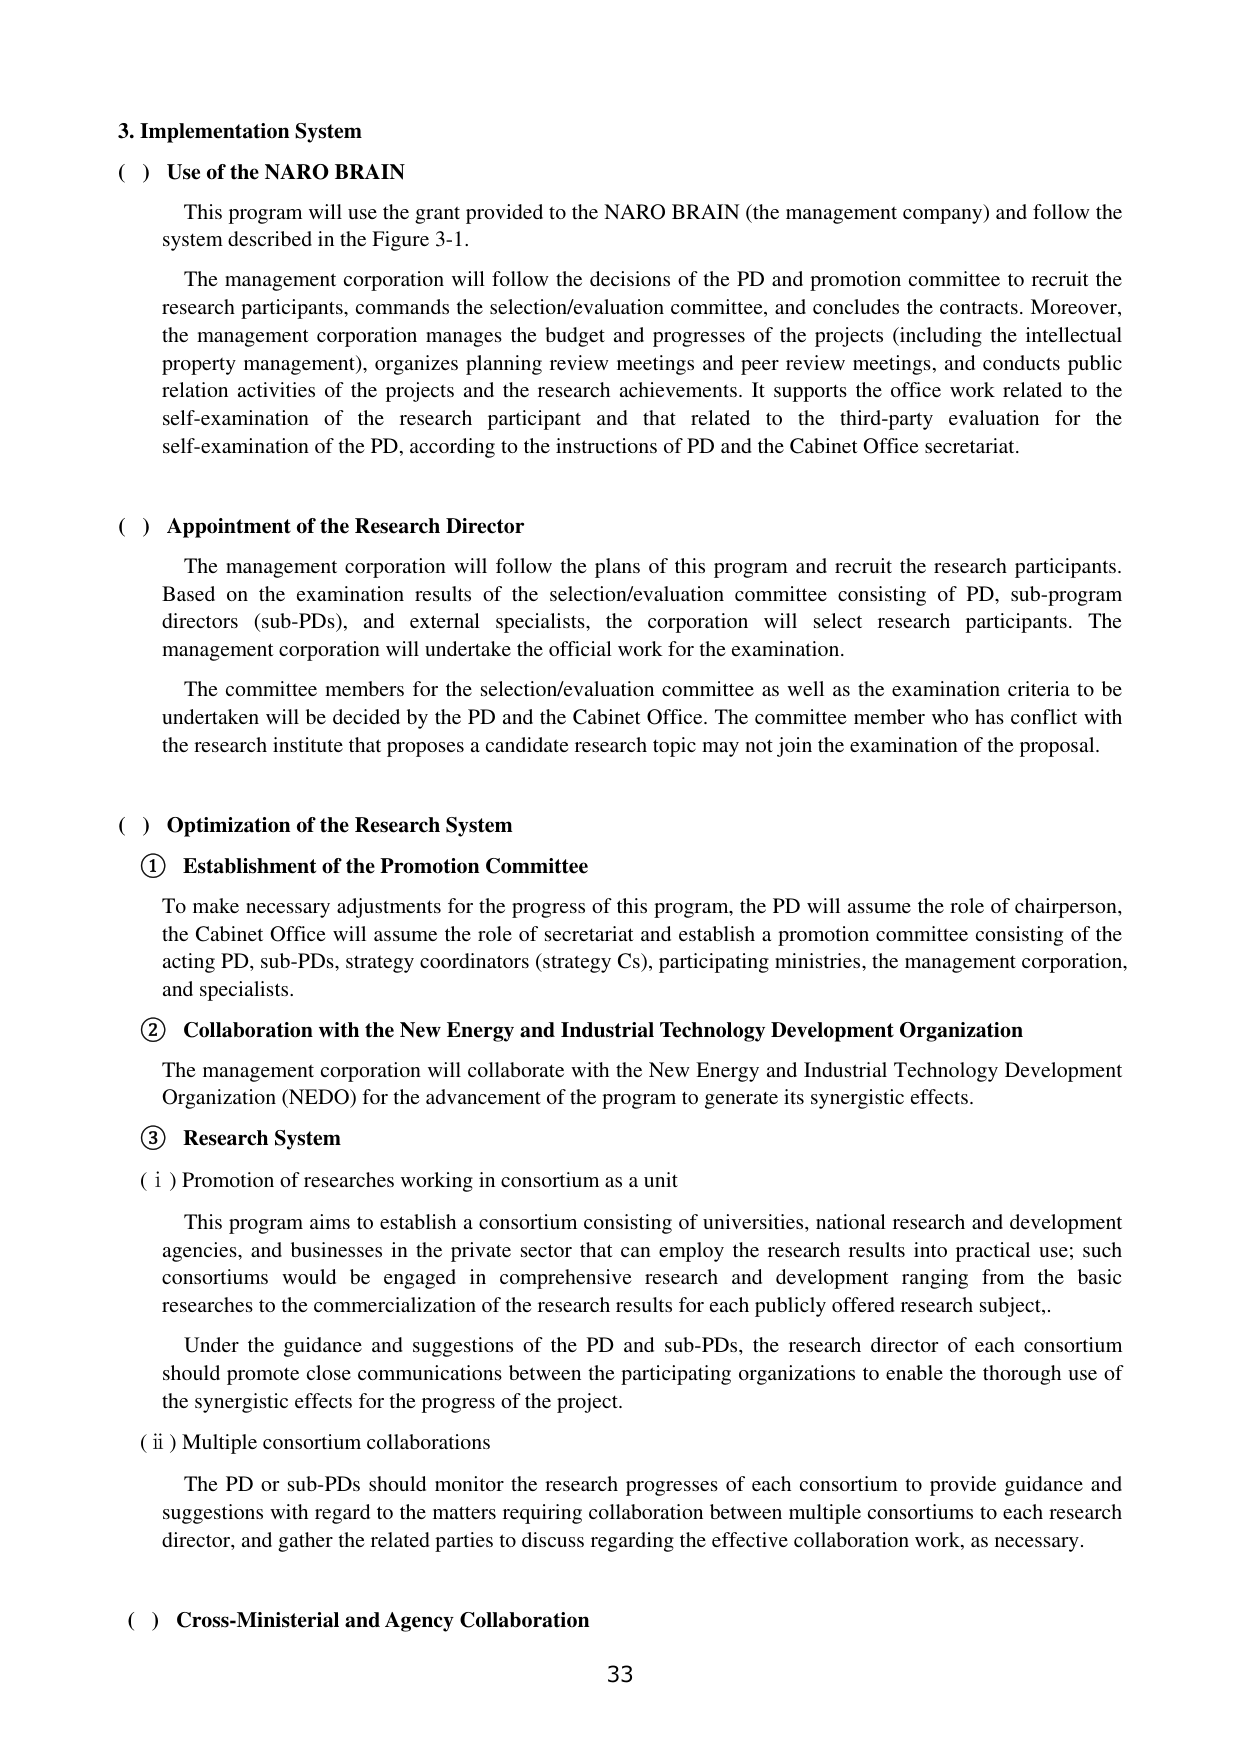
3. Implementation System

( ) Use of the NARO BRAIN

This program will use the grant provided to the NARO BRAIN (the management company) and follow the system described in the Figure 3-1.

The management corporation will follow the decisions of the PD and promotion committee to recruit the research participants, commands the selection/evaluation committee, and concludes the contracts. Moreover, the management corporation manages the budget and progresses of the projects (including the intellectual property management), organizes planning review meetings and peer review meetings, and conducts public relation activities of the projects and the research achievements. It supports the office work related to the self-examination of the research participant and that related to the third-party evaluation for the self-examination of the PD, according to the instructions of PD and the Cabinet Office secretariat.

( ) Appointment of the Research Director

The management corporation will follow the plans of this program and recruit the research participants. Based on the examination results of the selection/evaluation committee consisting of PD, sub-program directors (sub-PDs), and external specialists, the corporation will select research participants. The management corporation will undertake the official work for the examination.

The committee members for the selection/evaluation committee as well as the examination criteria to be undertaken will be decided by the PD and the Cabinet Office. The committee member who has conflict with the research institute that proposes a candidate research topic may not join the examination of the proposal.

( ) Optimization of the Research System

① Establishment of the Promotion Committee

To make necessary adjustments for the progress of this program, the PD will assume the role of chairperson, the Cabinet Office will assume the role of secretariat and establish a promotion committee consisting of the acting PD, sub-PDs, strategy coordinators (strategy Cs), participating ministries, the management corporation, and specialists.

② Collaboration with the New Energy and Industrial Technology Development Organization

The management corporation will collaborate with the New Energy and Industrial Technology Development Organization (NEDO) for the advancement of the program to generate its synergistic effects.

③ Research System

( i ) Promotion of researches working in consortium as a unit

This program aims to establish a consortium consisting of universities, national research and development agencies, and businesses in the private sector that can employ the research results into practical use; such consortiums would be engaged in comprehensive research and development ranging from the basic researches to the commercialization of the research results for each publicly offered research subject.

Under the guidance and suggestions of the PD and sub-PDs, the research director of each consortium should promote close communications between the participating organizations to enable the thorough use of the synergistic effects for the progress of the project.

( ii ) Multiple consortium collaborations

The PD or sub-PDs should monitor the research progresses of each consortium to provide guidance and suggestions with regard to the matters requiring collaboration between multiple consortiums to each research director, and gather the related parties to discuss regarding the effective collaboration work, as necessary.

( ) Cross-Ministerial and Agency Collaboration

33